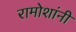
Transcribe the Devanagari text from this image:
रामोशांनी